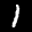
Label: 1